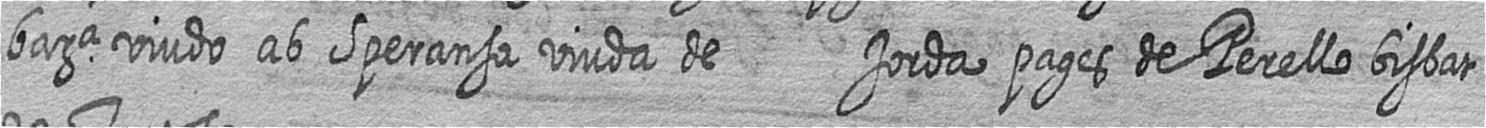
bara viudo ab Speransa viuda de Jorda pages de Perello bisbat